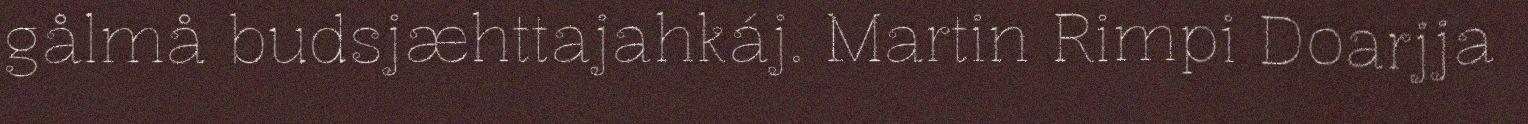
gålmå budsjæhttajahkáj. Martin Rimpi Doarjja